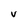
Character: V